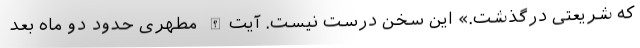
که شریعتی درگذشت.» این سخن درست نیست. آیت‌الله مطهری حدود دو ماه بعد